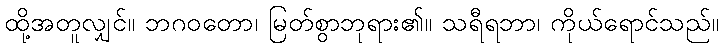
ထို့အတူလျှင်။ ဘဂဝတော၊ မြတ်စွာဘုရား၏။ သရီရဘာ၊ ကိုယ်ရောင်သည်။